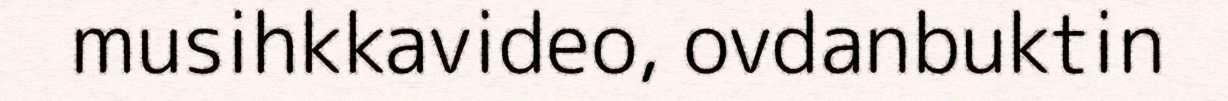
musihkkavideo, ovdanbuktin